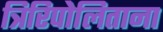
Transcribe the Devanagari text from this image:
त्रिरिपोलिताना